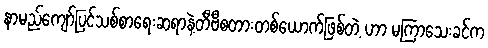
နာမည်ကျော်ပြင်သစ်စာရေးဆရာနဲ့တီဗီစတားတစ်ယောက်ဖြစ်တဲ့ ဟာ မကြာသေးခင်က